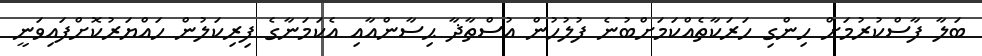
ބަލާ ފާސްކުރުމަށް ހިންގި ހަރަކާތެއްކަމަށްބުނެ ފުލުހުން އުސްތާޛާ ޙިސާންއާއި އެކަމަނާގެ ފިރިކަލުން ހައްޔަރުކޮށްފައިވަނީ